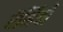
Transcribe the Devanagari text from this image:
रेंमिंबी